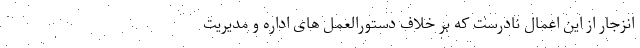
انزجار از این اعمال نادرست که بر خلاف دستورالعمل های اداره و مدیریت